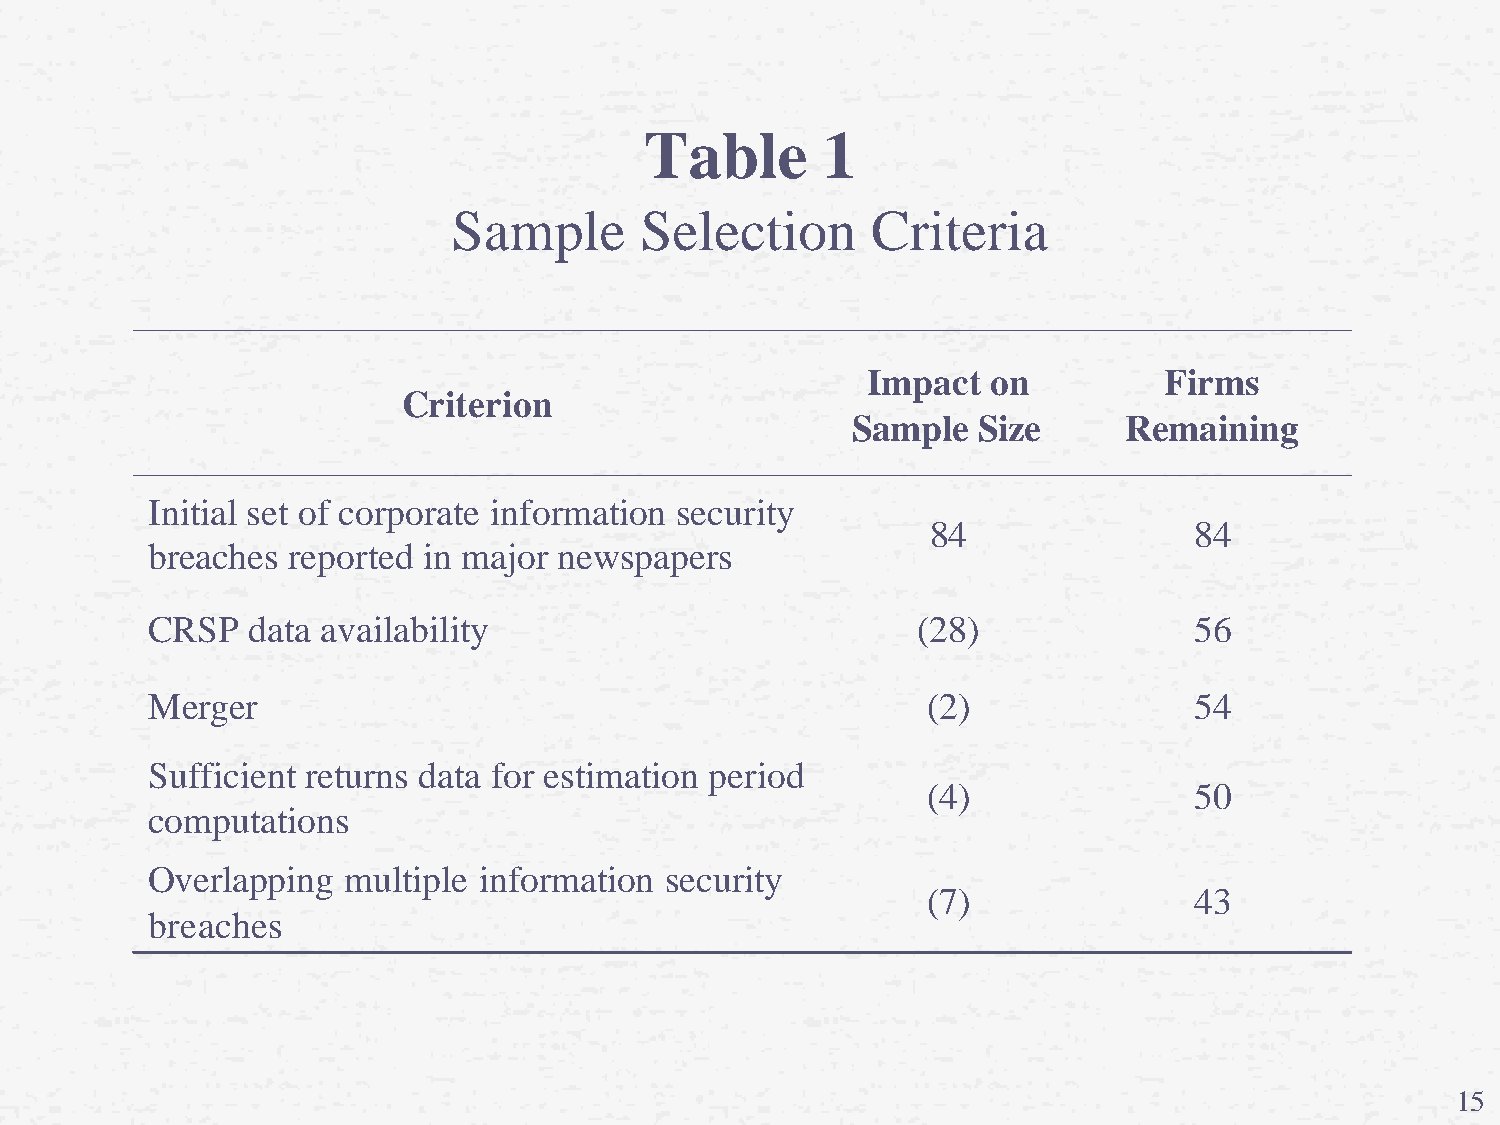
Table      1
 Sample      Selection       Criteria
 Impact   on         Firms
 Criterion
 Sample   Size     Remaining
 Initial set of corporate information security
 84               84
 breaches reported in major newspapers
 CRSP  data availability                            (28)              56
 Merger                                             (2)               54
 Sufficient returns data for estimation period
 (4)               50
 computations
 Overlapping  multiple information security
 (7)               43
 breaches
 15